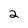
Character: 2